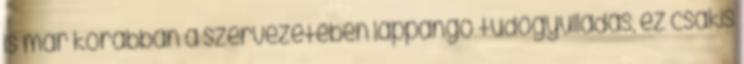
is már korábban a szervezetében lappangó tüdõgyulladás, ez csakis